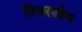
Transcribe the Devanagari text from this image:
विवरशोथ